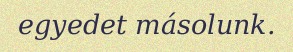
egyedet másolunk.